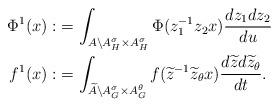
LaTeX: \begin{align*} \Phi^1(x):& = \int_{A \backslash A_{H}^{\sigma} \times A_{H}^{\sigma}} \Phi(z_1^{-1}z_2x) \frac{dz_1dz_2}{du}\\ f^1(x):&= \int_{\widetilde{A} \backslash A_{G}^{\sigma} \times A_{G}^{\theta}} f(\widetilde{z}^{-1} \widetilde{z}_{\theta}x) \frac{d\widetilde{z}d\widetilde{z}_{\theta}}{dt}.\end{align*}